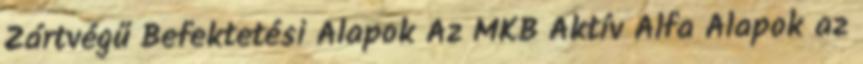
Zártvégű Befektetési Alapok Az MKB Aktív Alfa Alapok az